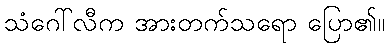
သံဂေါ်လီက အားတက်သရော ပြော၏။